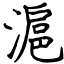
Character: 滬